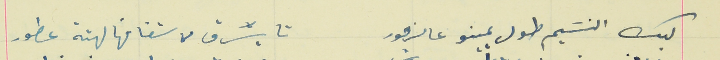
ليك النسَيم طول يمينو عالزهور                                  تا يسَرق من شفافها لهتة عطور